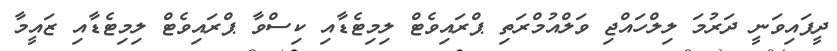
ދީފައިވަނީ ދަރުމަ ލިލްހައްޖި ވަލްއުމްރަތި ޕްރައިވެޓް ލިމިޓެޑާއި ކިސްވާ ޕްރައިވެޓް ލިމިޓެޑާއި ޒައީމާ